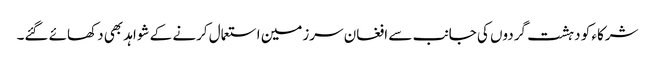
شرکاء کو دہشت گردوں کی جانب سے افغان سرزمین استعمال کرنے کے شواہد بھی دکھائے گئے۔